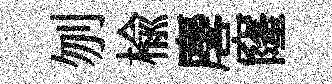
刎榆麐窿